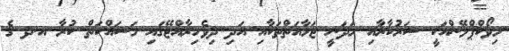
މިވޯކްޕްލޭންއަކީ ސަރުކާރާއި މަދަނީ ޖަމާއަތްތަކާއި އަދި ދިވެހިރާއްޖޭގައި މަސައްކަތް ކުރާ އ.ދ ގެ